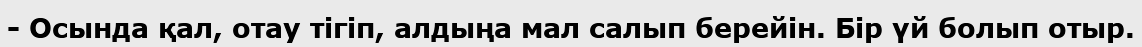
- Осында қал, отау тігіп, алдыңа мал салып берейін. Бір үй болып отыр.